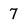
Character: 7